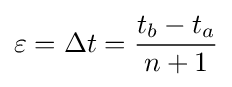
\varepsilon =\Delta t={\frac {t_{b}-t_{a}}{n+1}}